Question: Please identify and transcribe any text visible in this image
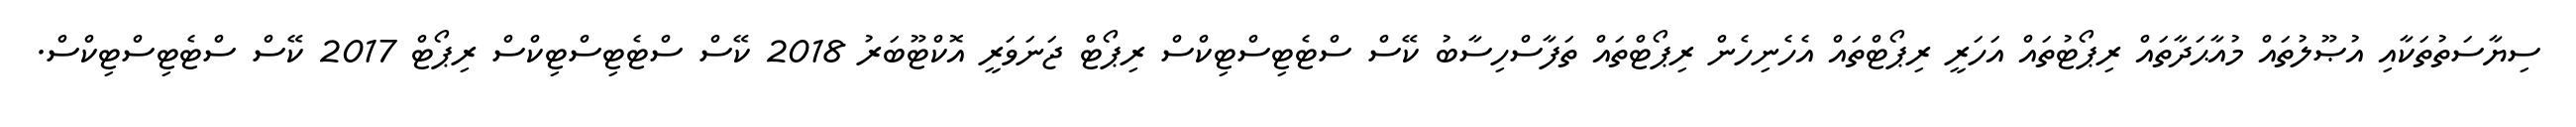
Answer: ސިޔާސަތުތަކާއި އުޞޫލުތައް މުއާޙަދާތައް ރިޕޯޓުތައް އަހަރީ ރިޕޯޓްތައް އެހެނިހެން ރިޕޯޓްތައް ތަފާސްހިސާބު ކޭސް ސްޓެޓިސްޓިކްސް ރިޕޯޓް ޖަނަވަރީ އޮކްޓޫބަރު 2018 ކޭސް ސްޓެޓިސްޓިކްސް ރިޕޯޓް 2017 ކޭސް ސްޓެޓިސްޓިކްސް.